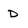
Character: D